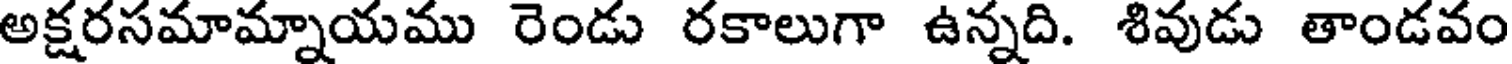
అక్షరసమామ్నాయము రెండు రకాలుగా ఉన్నది. శివుడు తాండవం